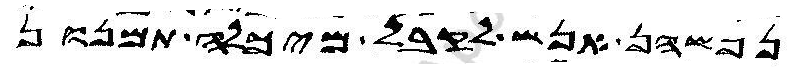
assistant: נפשהן אנש לקבל מיכלה תמנון